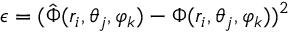
\epsilon = ( \hat { \Phi } ( r _ { i } , \theta _ { j } , \varphi _ { k } ) - { \Phi } ( r _ { i } , \theta _ { j } , \varphi _ { k } ) ) ^ { 2 }